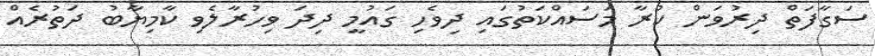
ސަގާފަތް ދިރުވަން ކުރާ މަސައްކަތުގައި ދިވެހި ގައުމީ ދިދަ ވިހުރާލެވި ކާމިޔާބު ދަތުރެއް